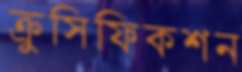
ক্রুসিফিকশন